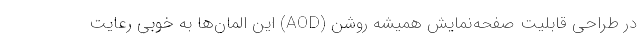
در طراحی قابلیت صفحه‌نمایش همیشه روشن (AOD) این المان‌ها به خوبی رعایت